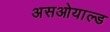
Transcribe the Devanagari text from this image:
असओयाल्ड